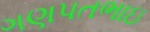
ગણપતભાઇ